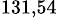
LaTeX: ^\mathrm{131,54}